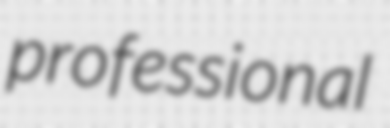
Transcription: professional